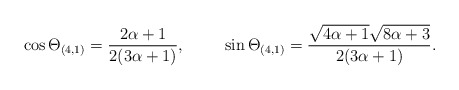
\begin{align*}\cos\Theta_{(4,1)} = \frac{2\alpha+1}{2 (3 \alpha+1)},\hspace{1cm}\sin\Theta_{(4,1)} = \frac{ \sqrt{4\alpha+1} \sqrt{8\alpha +3}}{2(3\alpha +1)}.\end{align*}